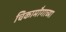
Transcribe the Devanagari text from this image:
चिकामौगाच्या